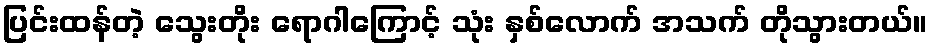
ပြင်းထန်တဲ့ သွေးတိုး ရောဂါကြောင့် သုံး နှစ်လောက် အသက် တိုသွားတယ်။